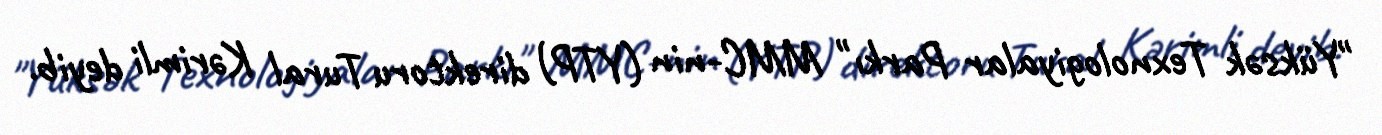
"Yüksək Texnologiyalar Parkı" MMC-nin (YTP) direktoru Tural Kərimli deyib.